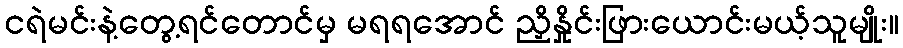
ငရဲမင်းနဲ့တွေ့ရင်တောင်မှ မရရအောင် ညှိနှိုင်းဖြားယောင်းမယ့်သူမျိုး။